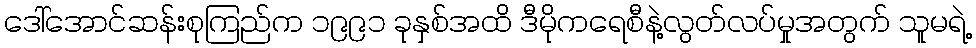
ဒေါ်အောင်ဆန်းစုကြည်က ၁၉၉၁ ခုနှစ်အထိ ဒီမိုကရေစီနဲ့လွတ်လပ်မှုအတွက် သူမရဲ့